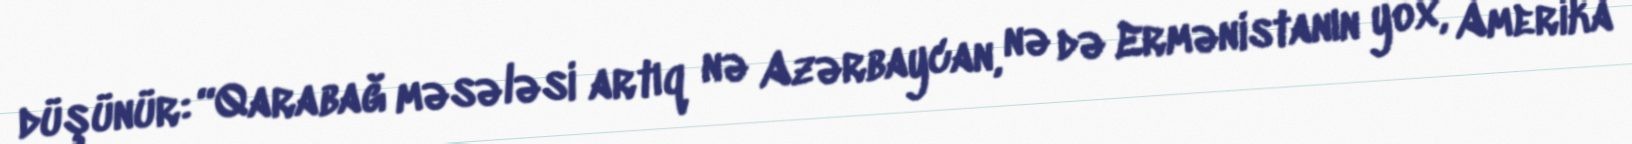
düşünür: “Qarabağ məsələsi artıq nə Azərbaycan, nə də Ermənistanın yox, Amerika